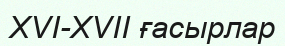
XVI-XVII ғасырлар